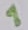
Text: 1